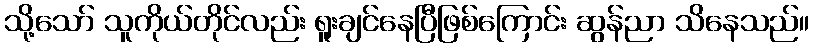
သို့သော် သူကိုယ်တိုင်လည်း ရူးချင်နေပြီဖြစ်ကြောင်း ဆွန်ညာ သိနေသည်။